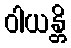
ဝါယန္တိ